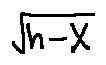
\sqrt { h - X }